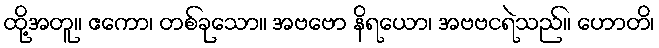
ထို့အတူ။ ဧကော၊ တစ်ခုသော။ အဗဗော နိရယော၊ အဗဗငရဲသည်။ ဟောတိ၊